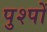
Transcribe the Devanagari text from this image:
पुश्पों